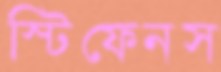
স্টিফেনস